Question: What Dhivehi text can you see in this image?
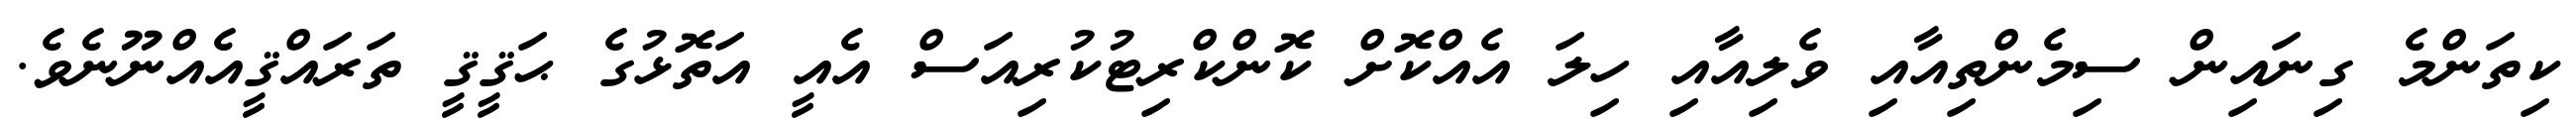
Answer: ކިތަންމެ ގިނައިން ސިމެންތިއާއި ވެލިއާއި ހިލަ އެއްކޮށް ކޮންކްރިޓުކުރިއަސް އެއީ އަތޮޅުގެ ޙަޤީޤީ ތަރައްޤީއެއްނޫނެވެ.